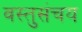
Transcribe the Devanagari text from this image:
वस्तुसंचय